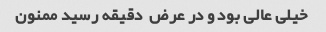
خیلی عالی بود و در عرض  دقیقه رسید ممنون